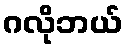
ဂလိုဘယ်